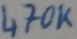
Text: 470K